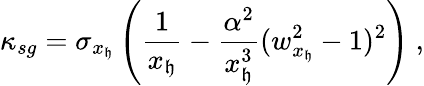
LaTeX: \kappa_{sg}=\sigma_{x_{\mathfrak{h}}}\left(\frac{{1}}{{x_{\mathfrak{h}}}}-\frac{{\alpha^{2}}}{{x_{\mathfrak{h}}^{3}}}(w_{x_{\mathfrak{h}}}^{2}-1)^{2}\right)\ ,